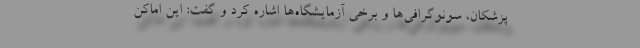
پزشکان، سونوگرافی‌ها و برخی آزمایشگاه‌ها اشاره کرد و گفت: این اماکن